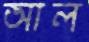
আল